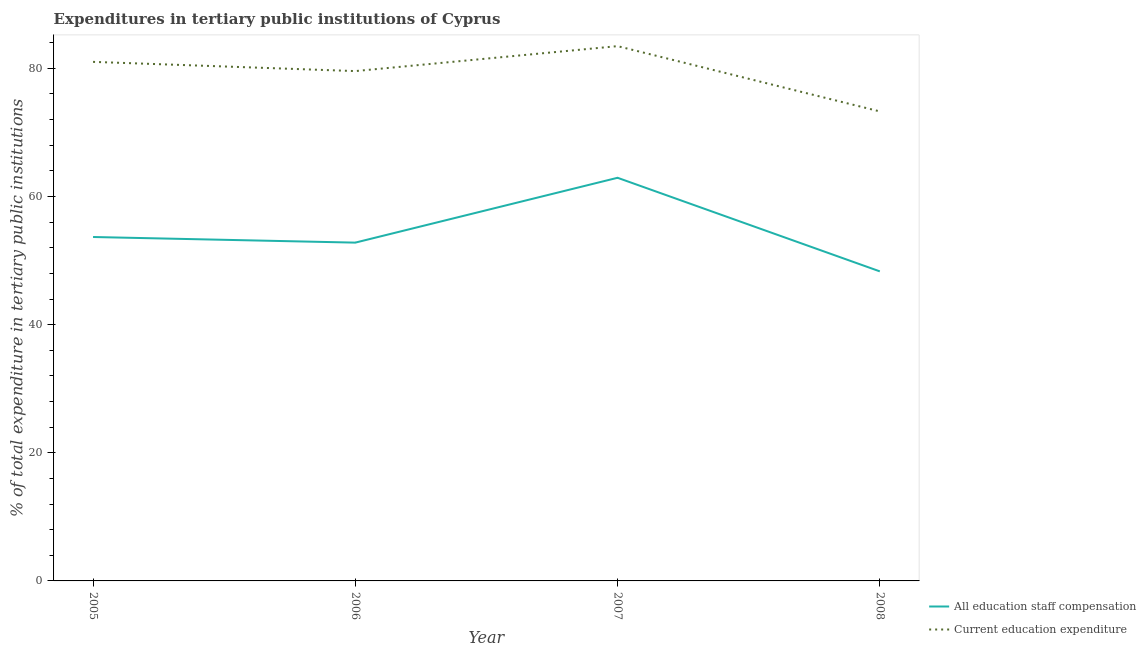
| Year | All education staff compensation | Current education expenditure |
 | --- | --- | --- |
 | 2005 | 53.7 | 81 |
 | 2006 | 52.8 | 79.6 |
 | 2007 | 62.9 | 83.5 |
 | 2008 | 48.3 | 73.3 |